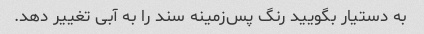
به دستیار بگویید رنگ پس‌زمینه سند را به آبی تغییر دهد.